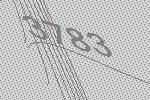
3783